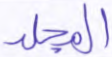
المجلد